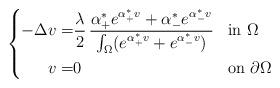
LaTeX: \begin{align*}\left\{\begin{aligned}\displaystyle -\Delta v=&\frac{\lambda}{2}\, \frac{\alpha_+^* e^{\alpha_+^* v}+\alpha_-^*e^{\alpha_-^* v}}{\int_\Omega(e^{\alpha_+^* v}+e^{\alpha_-^* v})}&& \mbox{in $\Omega$} \\\displaystyle v=&0 && \mbox{on $\partial\Omega$}\end{aligned}\right.\end{align*}